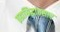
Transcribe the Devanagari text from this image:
ब्रह्मसिद्धांतसार